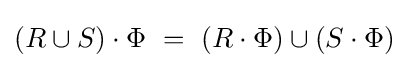
(R\cup S)\cdot \Phi ~=~(R\cdot \Phi )\cup (S\cdot \Phi )